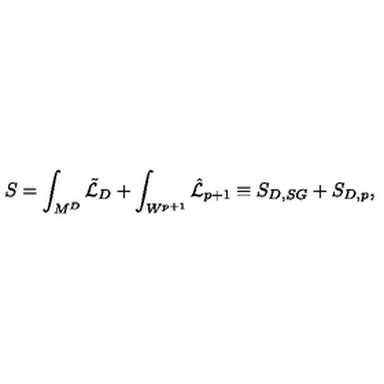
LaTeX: S = \int _ { M ^ { D } } \tilde { { \cal L } } _ { D } + \int _ { W ^ { p + 1 } } \hat { { \cal L } } _ { p + 1 } \equiv S _ { D , S G } + S _ { D , p } , \qquad